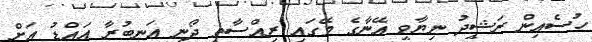
ހުސެއިން ރަޝީދު ނިޔާވީ އޭނާގެ މޭގައި ރިއްސާތީ ދޯނި އަނބުރާ އައްޑު އަށް